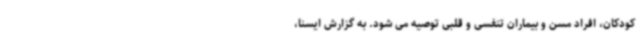
کودکان، افراد مسن و بیماران تنفسی و قلبی توصیه می شود. به گزارش ایسنا،